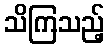
သိကြသည့်